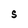
Character: S